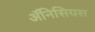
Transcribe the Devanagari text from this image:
ॲनिसियस